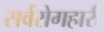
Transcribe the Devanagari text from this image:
सर्वरोगहारी